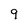
Character: 9